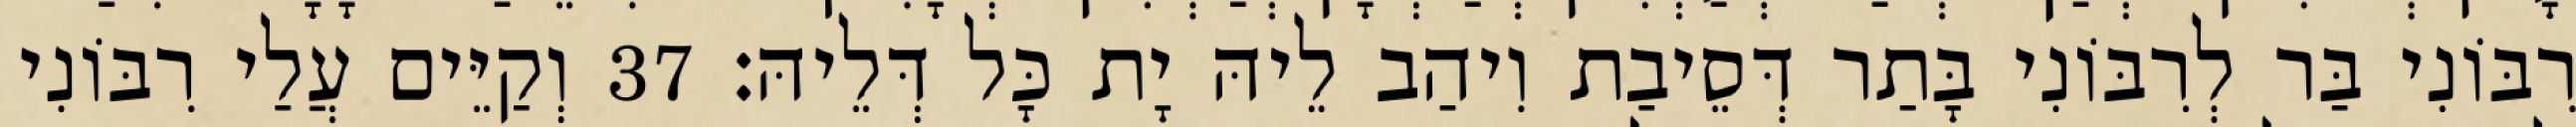
רִבּוֹנִי בַּר לְרִבּוֹנִי בָּתַר דְּסֵיבַת וִיהַב לֵיהּ יָת כָּל דְּלֵיהּ׃ 37 וְקַיֵּים עֲלַי רִבּוֹנִי